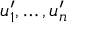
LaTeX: u _ { 1 } ^ { \prime } , \ldots , u _ { n } ^ { \prime }